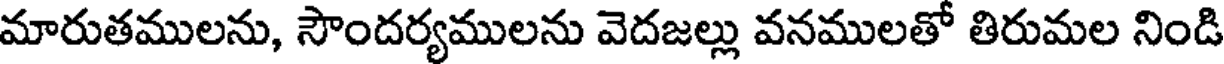
మారుతములను, సౌందర్యములను వెదజల్లు వనములతో తిరుమల నిండి